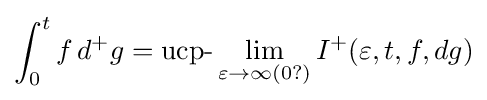
\int _{0}^{t}f\,d^{+}g={\text{ucp-}}\lim _{\varepsilon \rightarrow \infty (0?)}I^{+}(\varepsilon ,t,f,dg)